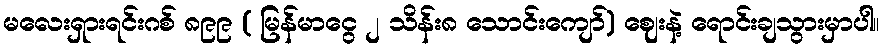
မလေးရှားရင်းဂစ် ၈၉၉ ( မြန်မာငွေ ၂ သိန်း၈ သောင်းကျော်) ဈေးနဲ့ ရောင်းချသွားမှာပါ။